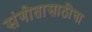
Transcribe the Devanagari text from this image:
संगीतासाठीचा